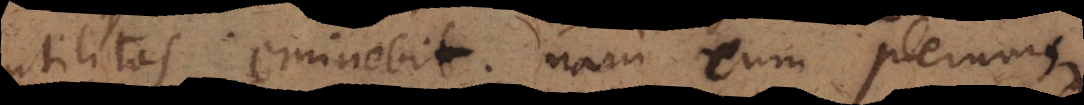
utilitas eminebit; nam cum plerumque